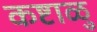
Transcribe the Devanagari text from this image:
कष्टाळु